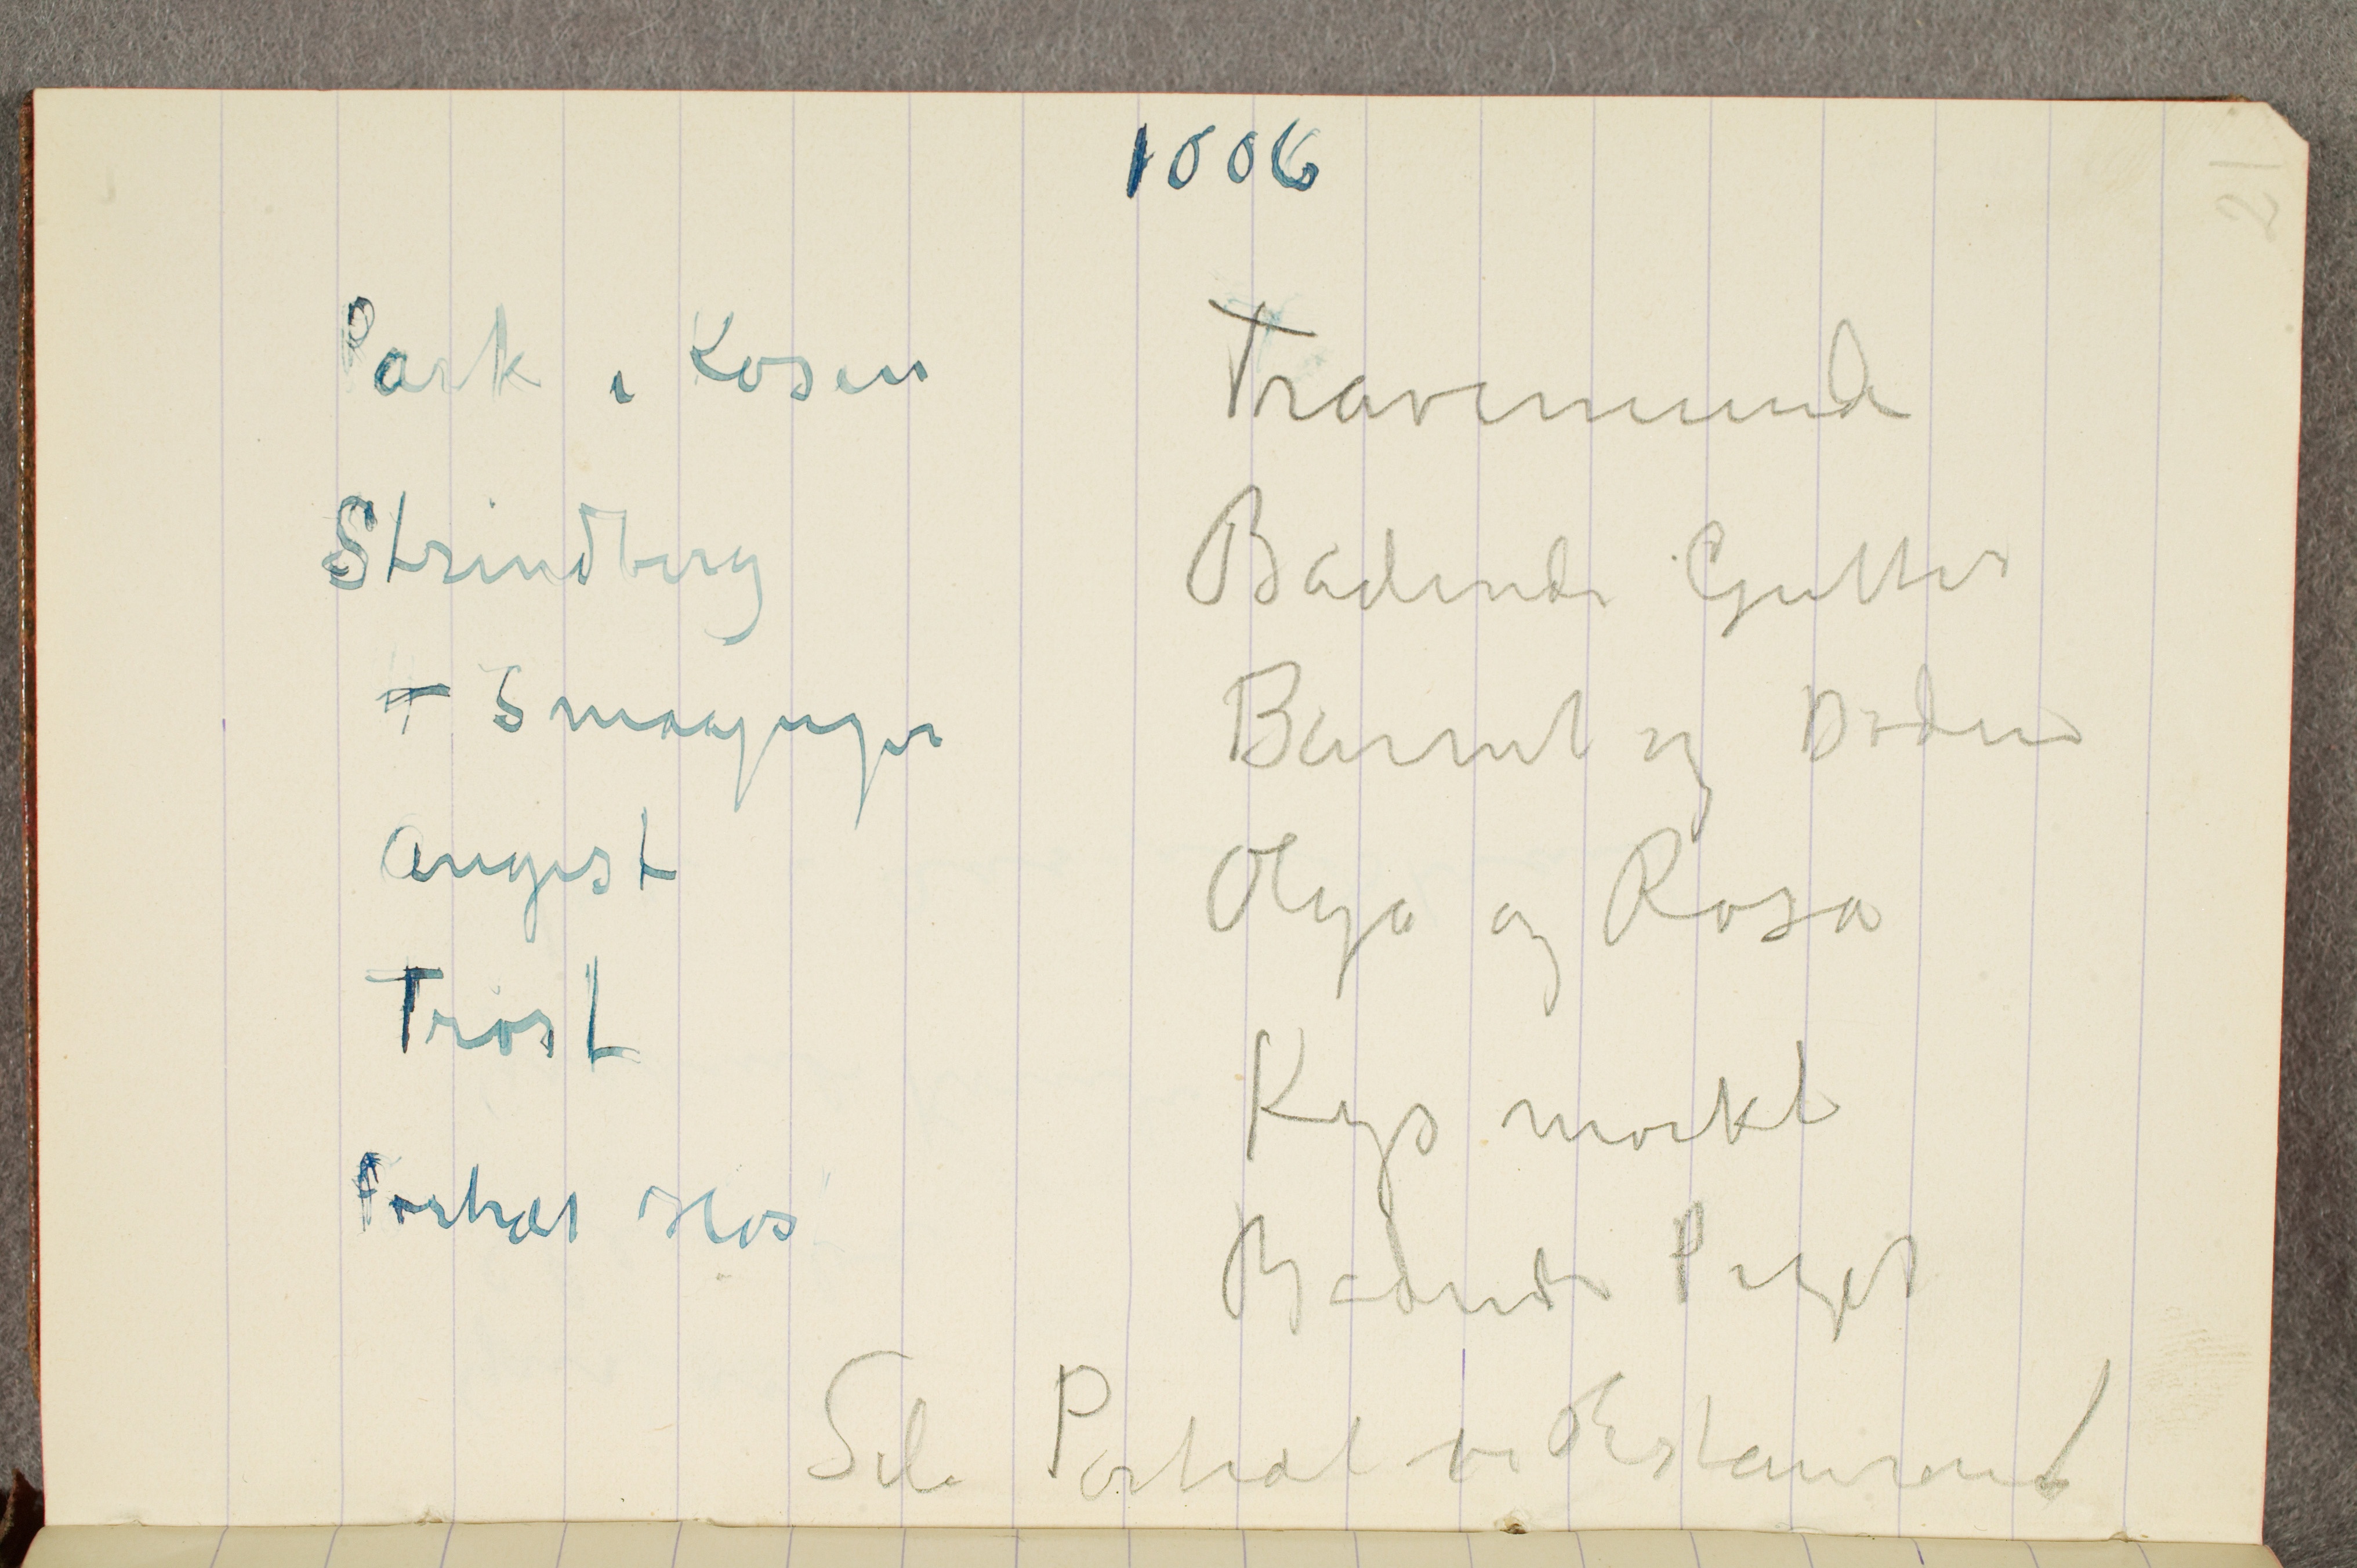
Park i Kösen
Strindberg
4 Smaapiger
Angst
Trøst
Portræt Hs

Travemünde
Badende Gutter
Barnet og Døden
Olga og Rosa
Kys mørkt
Badende Piger
Selv Portræt vei Restaurant